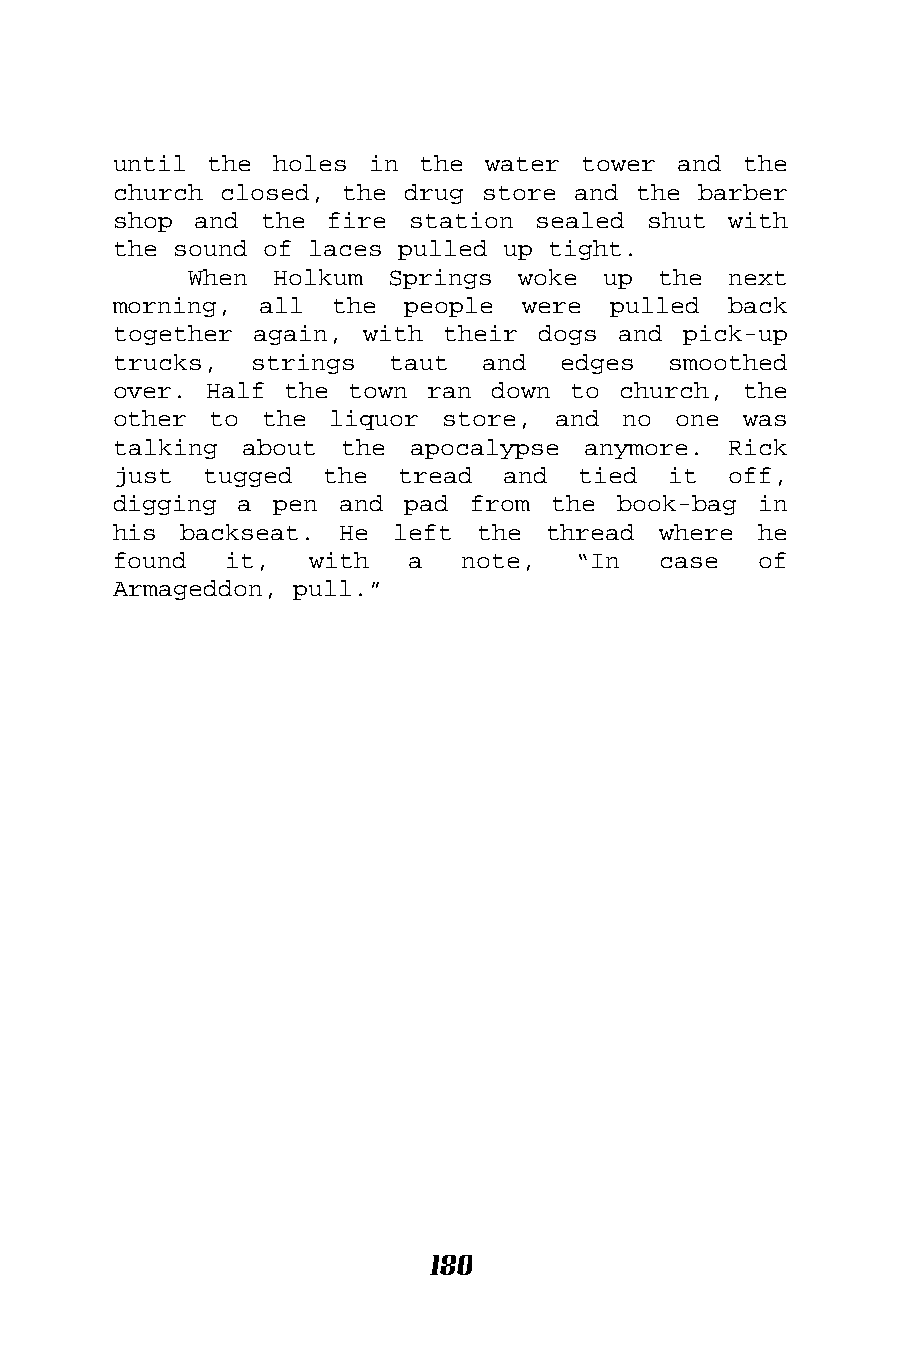
until the  holes in the  water tower and  the
 church closed, the drug store and the  barber
 shop and  the fire station  sealed shut  with
 the sound of laces pulled up tight.
 When Holkum  Springs  woke up  the  next
 morning,  all the  people  were  pulled  back
 together again, with  their dogs and  pick-up
 trucks,  strings  taut  and  edges   smoothed
 over. Half the  town ran down to church,  the
 other to  the liquor  store, and  no one  was
 talking about  the  apocalypse anymore.  Rick
 just  tugged  the  tread  and  tied  it  off,
 digging a  pen and pad  from the book-bag  in
 his backseat.  He left  the  thread where  he
 found  it,   with  a   note,  “In   case   of
 Armageddon, pull.”
 180